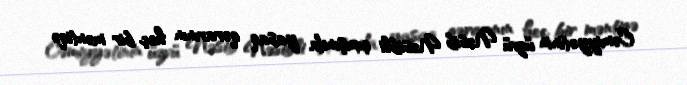
Cəmiyyətinin üzvü Nəsib Nəsibli çıxışında yasaq qərarının heç bir məntiqə